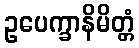
ဥပေက္ခာနိမိတ္တံ